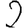
Digit: 2